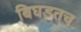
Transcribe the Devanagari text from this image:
बिघडतच